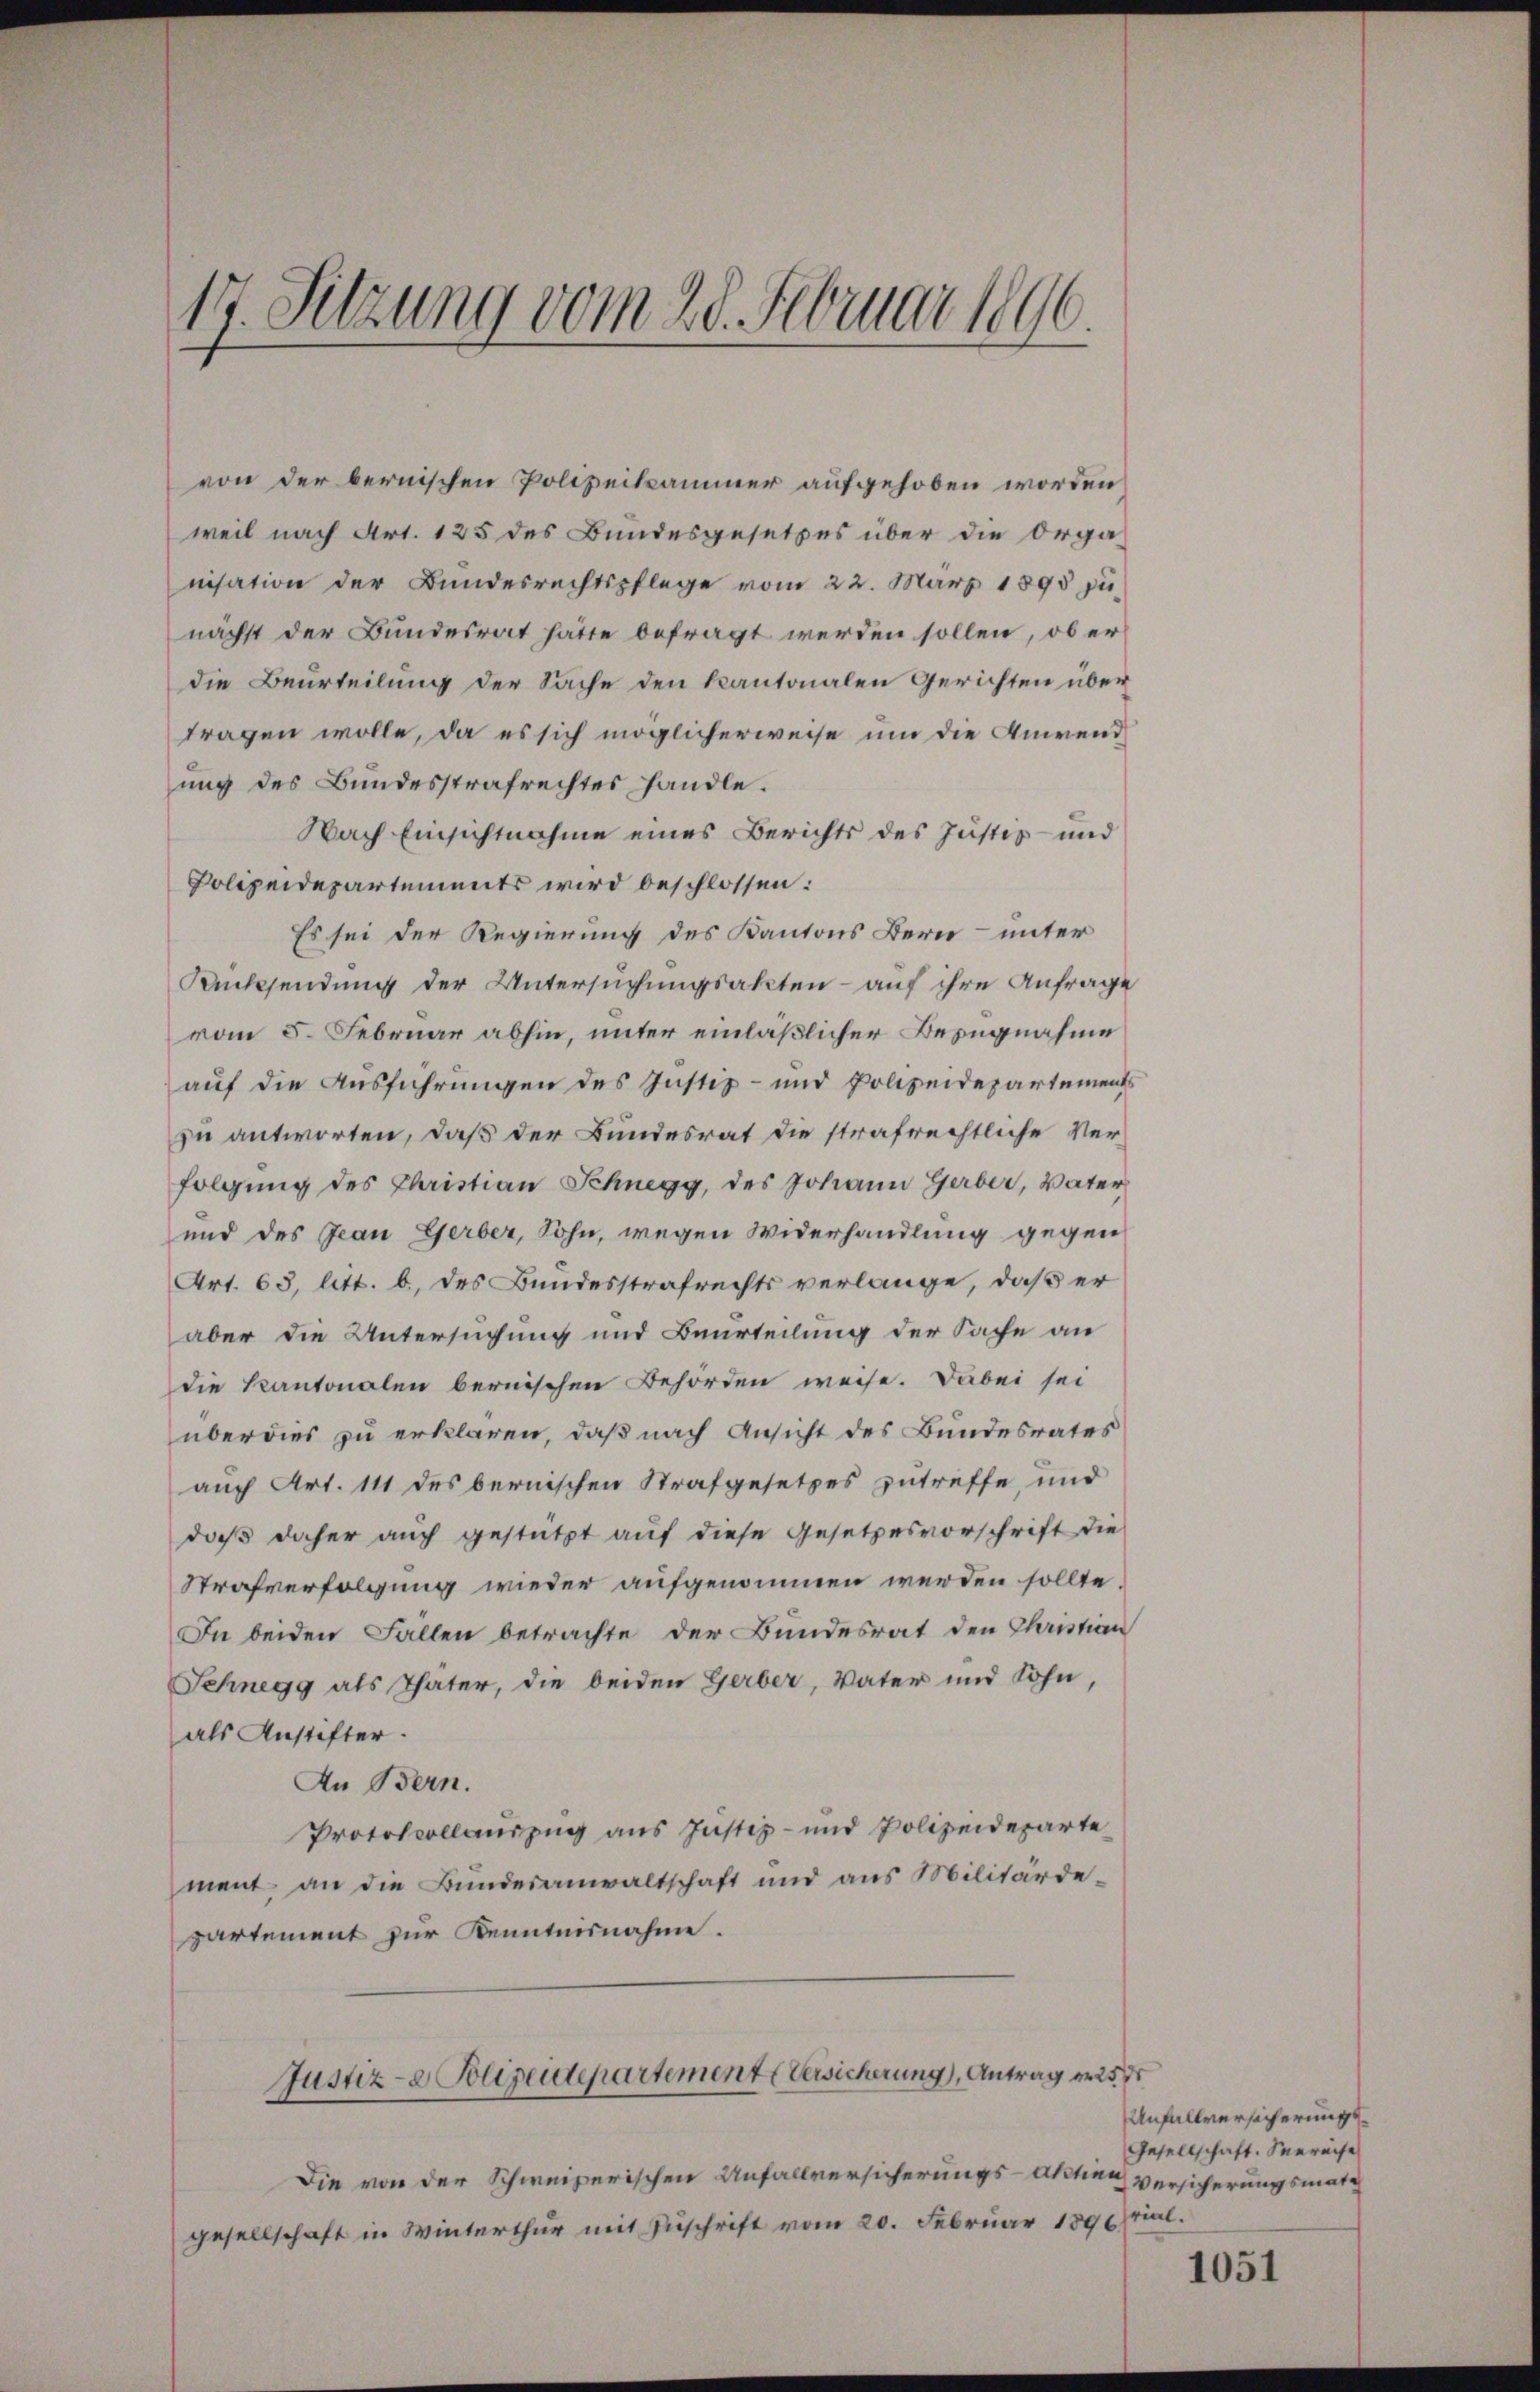
17. Sitzung vom 28. Februar 1890.

von der bernischen Polizeikammer aufgehoben worden
weil nach Art. 125 des Bundesgesetzes über die Orga
nisation der Bundesrechtspflege vom 22. März 1895 zu
nächst der Bundesrat hätte befragt werden sollen, ob er
die Beurteilung der Sache den kantonalen Gerichten über
tragen wolle, da es sich möglicherweise um die Anwend
ung des Bundesstrafrechtes handle.
Nach Einsichtnahme eines Berichts des Justiz- und
Polizeidepartements wird beschlossen:
Es sei der Regierung des Kantons Bern- unter
Rücksendung der Untersuchungsakten - auf ihre Anfrage
vom 5. Februar abhin, unter einläßlicher Bezugnahme
auf die Ausführungen des Justiz- und Polizeidepartements
zu antworten, daß der Bundesrat die strafrechtliche Ver-
folgung des Christian Schnegg, des Johann Gerber, Vater
und des Jean Gerber, Sohn, wegen Widerhandlung gegen
Art. 63, litt. b, des Bundesstrafrechts verlange, daß er
aber die Untersuchung und Beurteilung der Sache an
die Kantonalen bernischen Behörden weise. Dabei sei
überdies zu erklären, daß nach Ansicht des Bundesrates
auch Art. 111 des bernischen Strafgesetzes zutreffe, und
daß daher auch gestützt auf diese Gesetzesvorschrift die
Strafverfolgung wieder aufgenommen werden sollte.
In beiden Fallen betrachte der Bundesrat den Christian
Schnegg als Thäter, die beiden Gerber, Vater und Sohn,
als Anstifter.
An Bern.
Protokollauszug aus Justiz- und Polizeideparte
ment an die Bundesanwaltschaft und aus Militärdepartement zur Kenntnisnahme.
Justiz- & Polizeidepartement Versicherung, Antrag er 25 d
Die von der Schweizerischen Unfallversicherungs-Aktien Versicherungsmate
gesellschaft in Winterthur mit Zuschrift vom 20. Februar 1896.

Anfallversicherungs¬
Gesellschaft. Vereise
rial.

1051